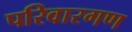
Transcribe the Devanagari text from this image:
परिवारगण